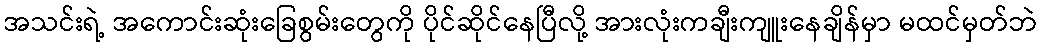
အသင်းရဲ့ အကောင်းဆုံးခြေစွမ်းတွေကို ပိုင်ဆိုင်နေပြီလို့ အားလုံးကချီးကျူးနေချိန်မှာ မထင်မှတ်ဘဲ